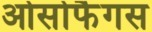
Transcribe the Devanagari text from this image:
ओसोफैगस